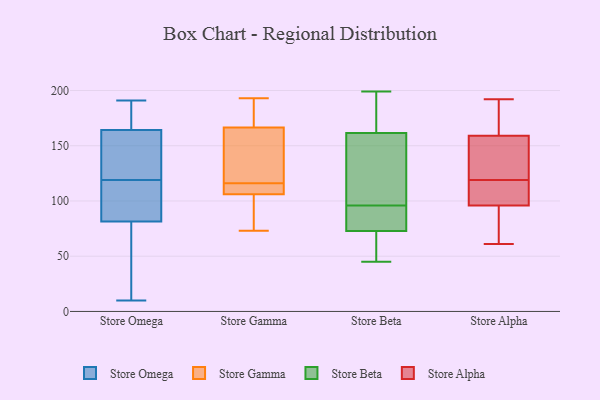
{"axis": {"x": "Page Views", "y": "Value"}, "legend": ["Store Alpha", "Store Beta", "Store Gamma", "Store Omega"], "data": [{"x": "", "y": 119, "type": "Store Omega"}, {"x": "", "y": 89, "type": "Store Omega"}, {"x": "", "y": 174, "type": "Store Omega"}, {"x": "", "y": 108, "type": "Store Omega"}, {"x": "", "y": 191, "type": "Store Omega"}, {"x": "", "y": 158, "type": "Store Omega"}, {"x": "", "y": 10, "type": "Store Omega"}, {"x": "", "y": 79, "type": "Store Omega"}, {"x": "", "y": 176, "type": "Store Omega"}, {"x": "", "y": 161, "type": "Store Omega"}, {"x": "", "y": 117, "type": "Store Omega"}, {"x": "", "y": 165, "type": "Store Omega"}, {"x": "", "y": 162, "type": "Store Omega"}, {"x": "", "y": 35, "type": "Store Omega"}, {"x": "", "y": 30, "type": "Store Omega"}, {"x": "", "y": 85, "type": "Store Gamma"}, {"x": "", "y": 193, "type": "Store Gamma"}, {"x": "", "y": 182, "type": "Store Gamma"}, {"x": "", "y": 179, "type": "Store Gamma"}, {"x": "", "y": 111, "type": "Store Gamma"}, {"x": "", "y": 115, "type": "Store Gamma"}, {"x": "", "y": 116, "type": "Store Gamma"}, {"x": "", "y": 73, "type": "Store Gamma"}, {"x": "", "y": 73, "type": "Store Gamma"}, {"x": "", "y": 139, "type": "Store Gamma"}, {"x": "", "y": 169, "type": "Store Gamma"}, {"x": "", "y": 124, "type": "Store Gamma"}, {"x": "", "y": 159, "type": "Store Gamma"}, {"x": "", "y": 109, "type": "Store Gamma"}, {"x": "", "y": 105, "type": "Store Gamma"}, {"x": "", "y": 51, "type": "Store Beta"}, {"x": "", "y": 81, "type": "Store Beta"}, {"x": "", "y": 93, "type": "Store Beta"}, {"x": "", "y": 87, "type": "Store Beta"}, {"x": "", "y": 87, "type": "Store Beta"}, {"x": "", "y": 184, "type": "Store Beta"}, {"x": "", "y": 70, "type": "Store Beta"}, {"x": "", "y": 59, "type": "Store Beta"}, {"x": "", "y": 116, "type": "Store Beta"}, {"x": "", "y": 45, "type": "Store Beta"}, {"x": "", "y": 96, "type": "Store Beta"}, {"x": "", "y": 101, "type": "Store Beta"}, {"x": "", "y": 149, "type": "Store Beta"}, {"x": "", "y": 187, "type": "Store Beta"}, {"x": "", "y": 199, "type": "Store Beta"}, {"x": "", "y": 179, "type": "Store Beta"}, {"x": "", "y": 151, "type": "Store Beta"}, {"x": "", "y": 49, "type": "Store Beta"}, {"x": "", "y": 165, "type": "Store Beta"}, {"x": "", "y": 160, "type": "Store Alpha"}, {"x": "", "y": 138, "type": "Store Alpha"}, {"x": "", "y": 183, "type": "Store Alpha"}, {"x": "", "y": 136, "type": "Store Alpha"}, {"x": "", "y": 125, "type": "Store Alpha"}, {"x": "", "y": 192, "type": "Store Alpha"}, {"x": "", "y": 113, "type": "Store Alpha"}, {"x": "", "y": 100, "type": "Store Alpha"}, {"x": "", "y": 61, "type": "Store Alpha"}, {"x": "", "y": 165, "type": "Store Alpha"}, {"x": "", "y": 96, "type": "Store Alpha"}, {"x": "", "y": 80, "type": "Store Alpha"}, {"x": "", "y": 96, "type": "Store Alpha"}, {"x": "", "y": 158, "type": "Store Alpha"}, {"x": "", "y": 74, "type": "Store Alpha"}, {"x": "", "y": 109, "type": "Store Alpha"}]}